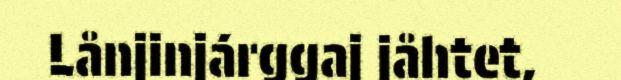
Lånjinjárggaj jåhtet,